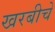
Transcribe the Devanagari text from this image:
खरबीचे